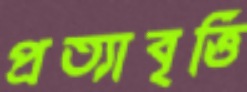
প্রত্যাবৃত্তি